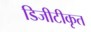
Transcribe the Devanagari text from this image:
डिजीटीकृत